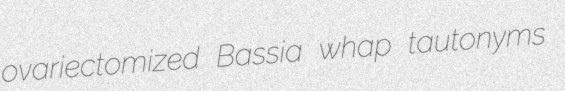
ovariectomized Bassia whap tautonyms